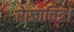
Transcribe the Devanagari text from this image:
रेखाचित्र।